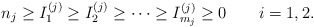
\begin{align*}n_{j}\ge I^{(j)}_{1}\ge I^{(j)}_{2}\ge\dots\ge I^{(j)}_{m_{j}}\ge 0\qquad i=1,2.\end{align*}